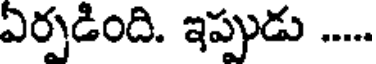
ఏర్పడింది. ఇప్పుడు ....